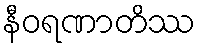
နီဝရဏာတိဿ